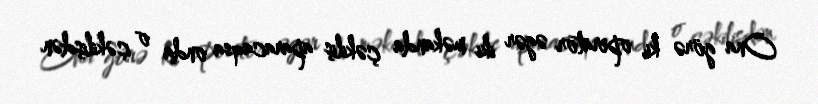
Ona görə ki, operator əgər iki məkanda çəkiliş aparacaqsa onda o çəkilişdən